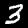
Digit: 3